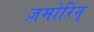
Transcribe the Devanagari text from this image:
ज़मोरिन्